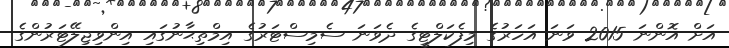
އަށް އޮންނަ 2015 ވަނަ އަހަރުގެ މިފެކަލްޓީގެ ދެވަނަ ސެމިސްޓަރުގެ އިމްތިޙާނުގައި އިންވިޖިލޭޓަރުންގެ